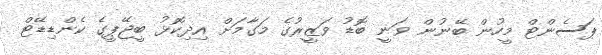
ޕަސެންޓް މީހުން ބޭނުން ވަނީ ބޮޑު ވަޒީރުގެ މަގާމަށް އިދިކޮޅު ބީޖޭޕީގެ ކެންޑިޑޭޓް